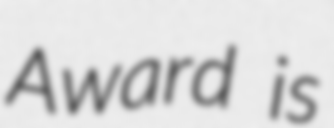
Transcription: Award is